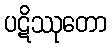
ပဋိဿုတော